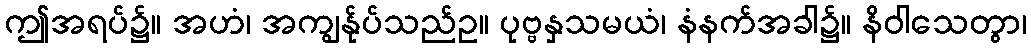
ဤအရပ်၌။ အဟံ၊ အကျွန်ုပ်သည်ဥ။ ပုဗ္ဗနှသမယံ၊ နံနက်အခါ၌။ နိဝါသေတွာ၊